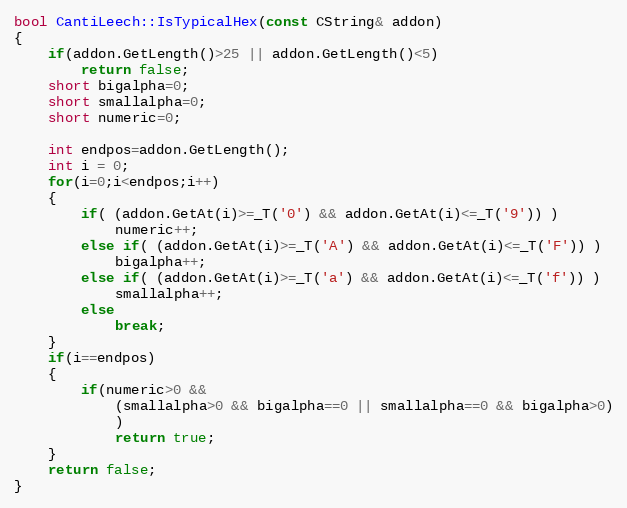
Language: C++
bool CantiLeech::IsTypicalHex(const CString& addon)
{
	if(addon.GetLength()>25 || addon.GetLength()<5)
		return false;
	short bigalpha=0;
	short smallalpha=0;
	short numeric=0;

	int endpos=addon.GetLength();
	int i = 0;
	for(i=0;i<endpos;i++)
	{
		if( (addon.GetAt(i)>=_T('0') && addon.GetAt(i)<=_T('9')) )
			numeric++;
		else if( (addon.GetAt(i)>=_T('A') && addon.GetAt(i)<=_T('F')) )
			bigalpha++;
		else if( (addon.GetAt(i)>=_T('a') && addon.GetAt(i)<=_T('f')) )
			smallalpha++;
		else
			break;
	}
	if(i==endpos)
	{
		if(numeric>0 &&
			(smallalpha>0 && bigalpha==0 || smallalpha==0 && bigalpha>0)
			)
			return true;
	}
	return false;
}